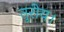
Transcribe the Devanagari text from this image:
तुरीय।